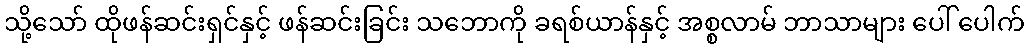
သို့သော် ထိုဖန်ဆင်းရှင်နှင့် ဖန်ဆင်းခြင်း သဘောကို ခရစ်ယာန်နှင့် အစ္စလာမ် ဘာသာများ ပေါ် ပေါက်